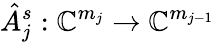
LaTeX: \hat{A}_{j}^{s}:\mathbb{C}^{m_{j}}\to\mathbb{C}^{m_{j-1}}